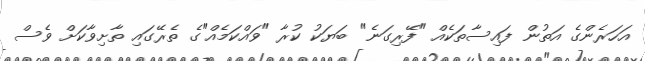
އަހަރެންގެ އަތުން ފައިސާތަކެއް "ފޭރިގަނެ" ބަޔަކު ކުރާ "ވައްކަމެއް"ގެ ތެރޭގައި ތާށިވާކަށް ވެސް